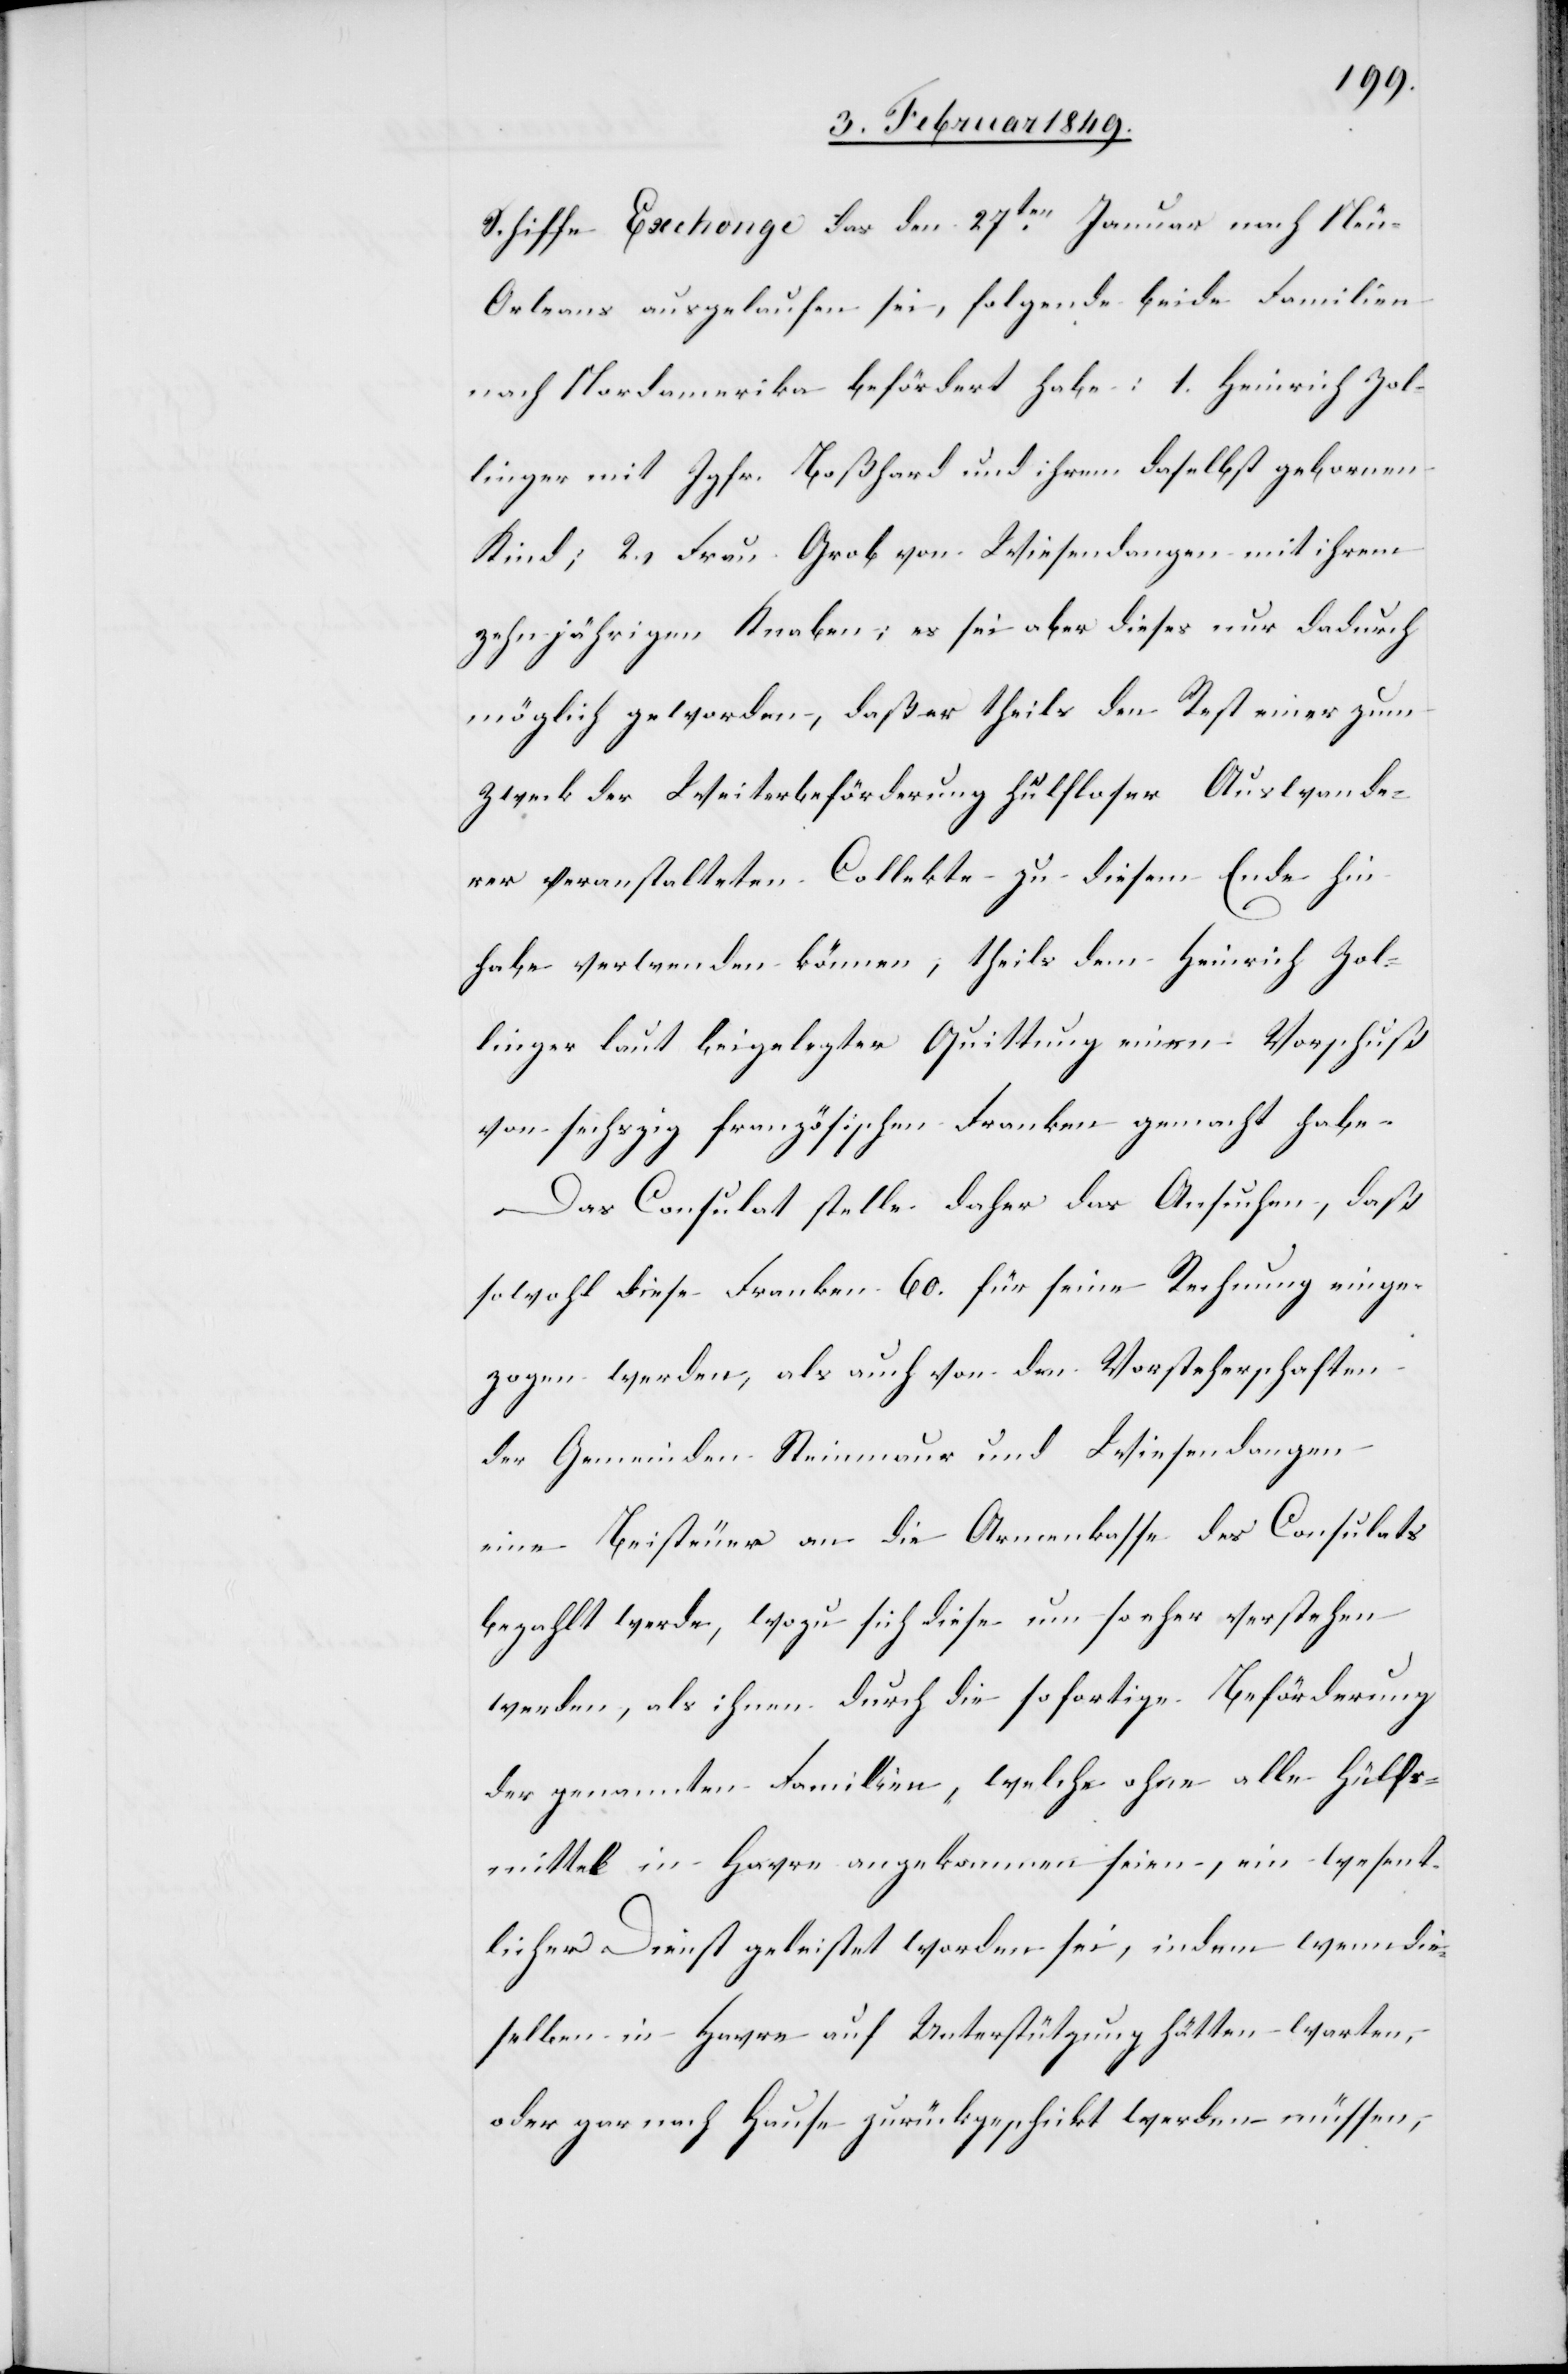
Schiffe Exchonge das den 27ten. Januar nach Ne¬
u-Orleans ausgelaufen sei, folgende beide Familien
nach Nordamerika befördert habe: 1. Heinrich Zol¬
linger mit Jgfr. Boßhard und ihrem daselbst gebornen
Kind; 2. Frau Grob von Wiesendangen mit ihrem
zehnjährigen Knaben; es sei aber dieses nur dadurch
möglich geworden, daß er [sic!] theils den Rest einer zum
Zweck der Weiterbeförderung hülfloser Auswande¬
rer veranstalteten Collekte zu diesem Ende hin
habe verwenden können, theils dem Heinrich Zol¬
linger laut beigelegter Quittung einen Vorschuß
von sechszig französischen Franken gemacht habe.
Das Consulat stelle daher das Ansuchen, daß
sowohl diese Franken 60. für seine Rechnung einge¬
zogen werden, als auch von den Vorsteherschaften
der Gemeinden Steinmaur und Wiesendangen
eine Beisteuer an die Armenkasse des Consulats
bezahlt werde, wozu sich diese um so eher verstehen
werden, als ihnen durch die sofortige Beförderung
der genannten Familien, welche ohne alle Hülfs¬
mittel in Havre angekommen seien, ein wesent¬
licher Dienst geleistet worden sei, indem wenn die¬
selben in Havre auf Unterstützung hätten warten,
oder gar nach Hause zurückgeschickt werden müssen,